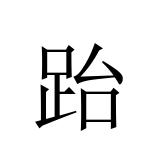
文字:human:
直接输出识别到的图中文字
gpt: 跆